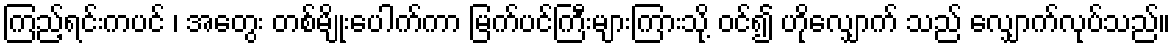
ကြည့်ရင်းကပင် ၊ အတွေး တစ်မျိုးပေါက်ကာ မြက်ပင်ကြီးများကြားသို့ ဝင်၍ ဟိုလျှောက် သည် လျှောက်လုပ်သည်။